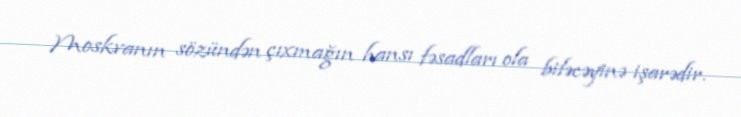
Moskvanın sözündən çıxmağın hansı fəsadları ola biləcəyinə işarədir.